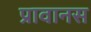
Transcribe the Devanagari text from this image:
प्रावानस